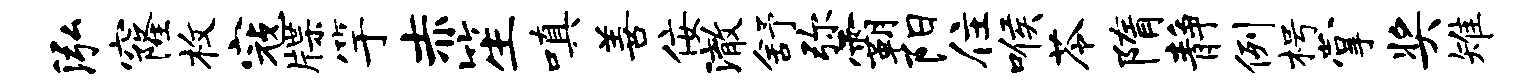
泓窿枚寇牒竽赤笙嗔善佞澈舒弥霸阳住喉苓隋静例枵掌奖雉